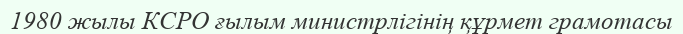
1980 жылы КСРО ғылым министрлігінің құрмет грамотасы